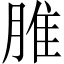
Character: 脽